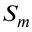
S _ { m }